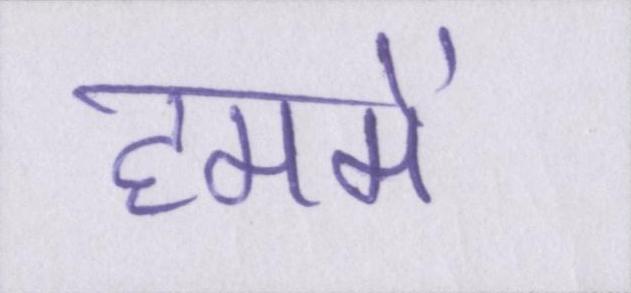
हममें